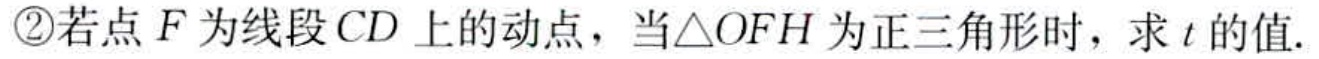
\textcircled{2}若点\(F\)为线段\(CD\)上的动点，当\(\triangle OFH\)为正三角形时，求\(t\)的值.